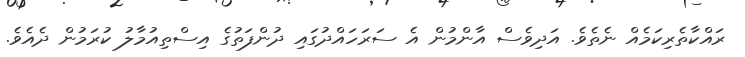
ރައްކާތެރިކަމެއް ނެތެވެ. އަދިވެސް އާންމުން އެ ސަރަހައްދުގައި ދުންފަތުގެ އިސްތިއުމާލު ކުރަމުން ދެއެވެ.